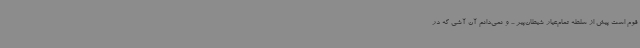
قوم است پیش از سلطه تمام‌عیار شیطان‌پیر ... و نمی‌دانم آن آشی که در